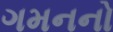
ગમનનો